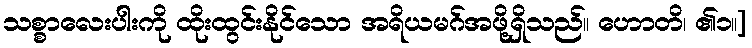
သစ္စာလေးပါးကို ထိုးထွင်းနိုင်သော အရိယမဂ်အဖို့ရှိသည်။ ဟောတိ၊ ၏၁။]